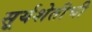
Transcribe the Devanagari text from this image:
सूर्यशेतीची